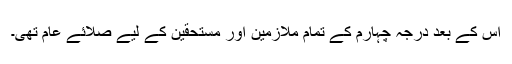
اس کے بعد درجہ چہارم کے تمام ملازمین اور مستحقین کے لیے صلائے عام تھی۔